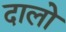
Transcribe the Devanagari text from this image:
दालो